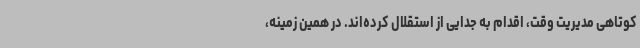
کوتاهی مدیریت وقت، اقدام به جدایی از استقلال کرده‌اند. در همین زمینه،